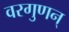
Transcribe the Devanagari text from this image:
वरगुणन्